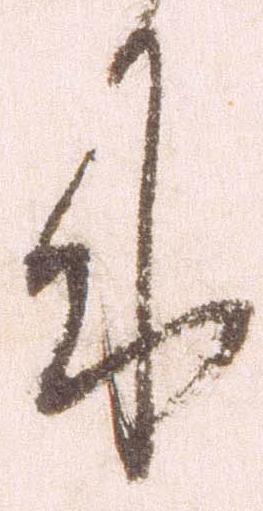
来